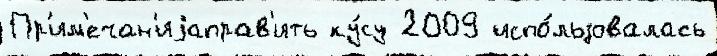
Пр'им'ечан'иjаправ'ить ку́су 2009 испо́льзовалась